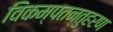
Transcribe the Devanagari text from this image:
विकम्पतन्तुहरण